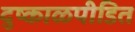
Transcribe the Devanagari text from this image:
दुष्काळपीडित